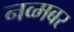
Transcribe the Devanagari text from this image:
नव्मबर